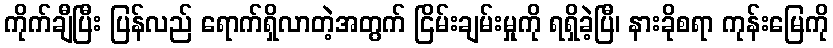
ကိုက်ချီပြီး ပြန်လည် ရောက်ရှိလာတဲ့အတွက် ငြိမ်းချမ်းမှုကို ရရှိခဲ့ပြီ၊ နားခိုစရာ ကုန်းမြေကို